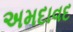
અમદાવદ